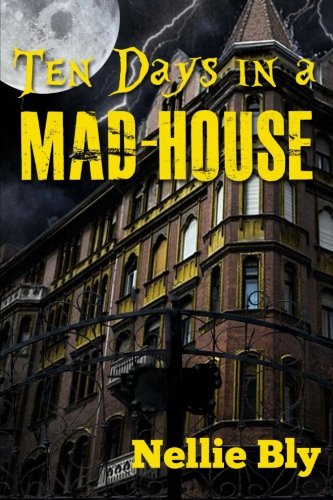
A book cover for Ten Days In A Mad-House; Nellie Bly; Politics & Social Sciences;